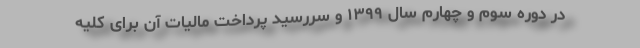
در دوره سوم و چهارم سال ۱۳۹۹ و سررسید پرداخت مالیات آن برای کلیه